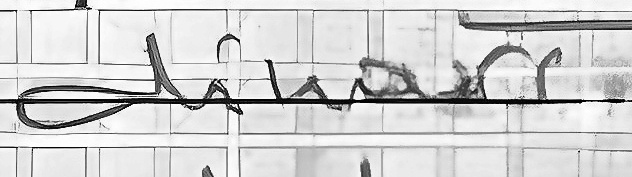
dinars